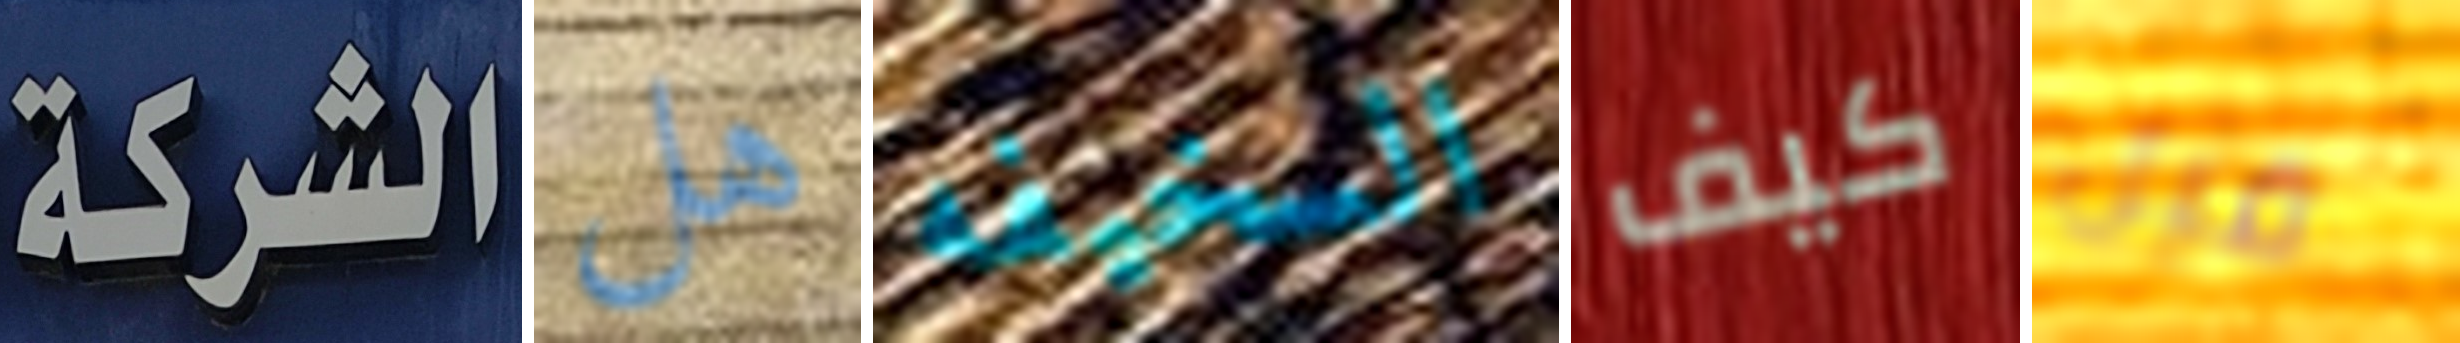
الشركة هل السخيفه كيف قبل